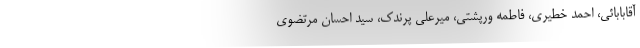
آقابابائی، احمد خطیری، فاطمه ورپشتی، میرعلی پرندک، سید احسان مرتضوی